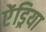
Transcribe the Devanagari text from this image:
ऐंड्रिया